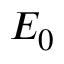
E _ { 0 }